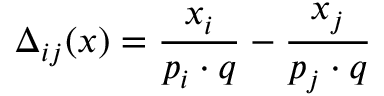
\Delta _ { i j } ( x ) = { \frac { x _ { i } } { p _ { i } \cdot q } } - { \frac { x _ { j } } { p _ { j } \cdot q } }